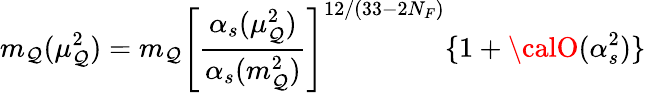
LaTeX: m_{\mathcal{Q}}(\mu_{\mathcal{Q}}^{2})=m_{\mathcal{Q}}\left[\frac{{\alpha_{s}(\mu_{\mathcal{Q}}^{2})}}{{\alpha_{s}(m_{\mathcal{Q}}^{2})}}\right]^{12/(33-2N_{F})}\{ 1+{\calO}(\alpha_{s}^{2})\}